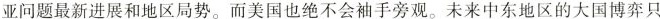
亚问题最新进展和地区局势。而美国也绝不会袖手旁观。未来中东地区的大国博弈只